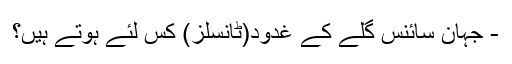
- جہان سائنس گلے کے غدود(ٹانسلز) کس لئے ہوتے ہیں؟